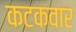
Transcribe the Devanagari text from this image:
कटकवार